Emmaste_vallavalitsus, lk 16
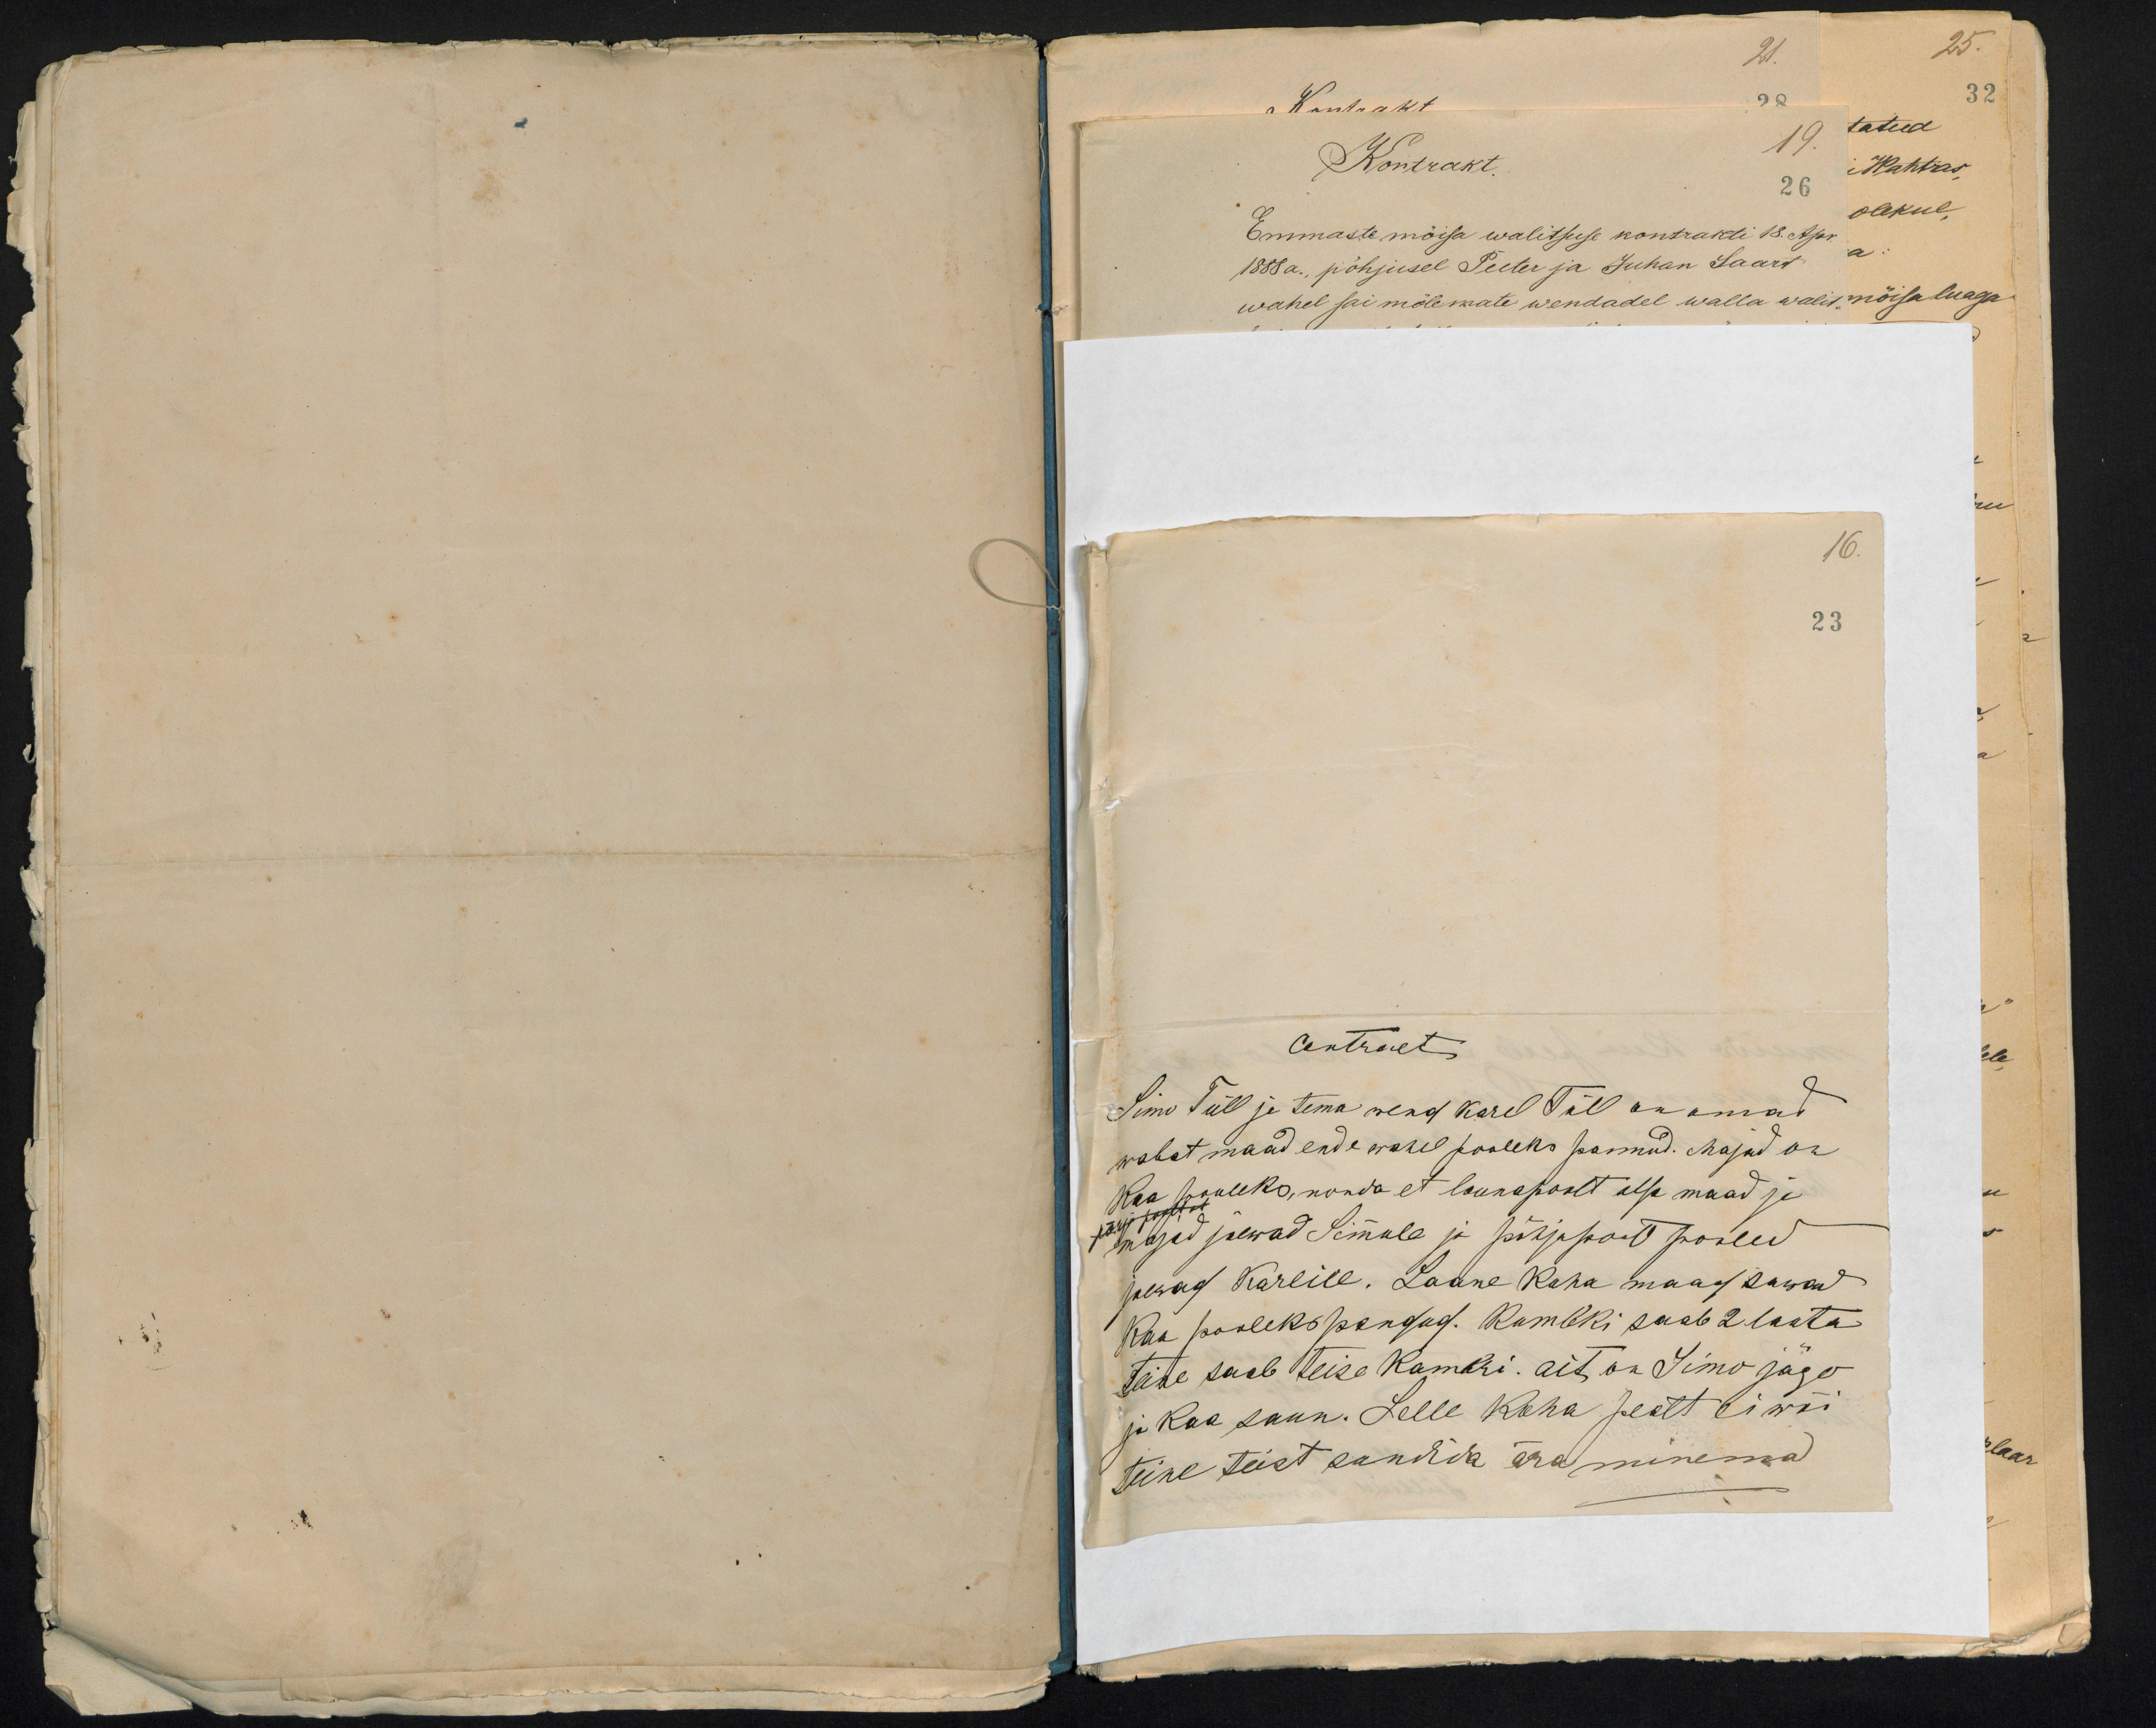
16.
23

Contract
Simo Tüll ja tema wend Karel Tüll on omad
wabat maad enda wahel pooleks pannud. Majad on
Kaa pooleks, nonda et lõunapoolt otsa maad ja
majad jaewad Simmole ja põhjapoolt pooled
jaewad Karlile. Laane Koha maad sawad
kaa pooleks pandud. Kumbki saab 2 lauta
teine saab teise kambri ait on Simo jägo
ja kaa saun. Selle Koha pealt ei wõi
teine teist sundida ära minema